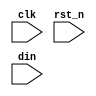
`timescale 1ns / 10ps

module header_detect(
  input clk,
  input rst_n,
  input [7:0] din
);

reg [7:0] din_r0, din_r1;
reg [7:0] cnt0, cnt1;
wire add_cnt0, add_cnt1;
wire end_cnt0, end_cnt1;
wire flag_add;

always @(posedge clk or negedge rst_n) begin
  if (!rst_n) begin
    din_r0 <= 0;
    din_r1 <= 1;
  end
  else begin
    din_r1 <= din_r0;
    din_r0 <= din;
  end
end

assign flag_add = (din_r1 ==8'h55 && din_r0 == 8'hd5) || (din_r1 ==8'hd5 && din_r0 == 8'h55);
always @(posedge clk or negedge rst_n) begin
  if (!rst_n)
       cnt0 <= 0;
  else if (add_cnt0) begin
    if(end_cnt0)
       cnt0 <= 0;
    else
       cnt0 <= cnt0 + 1;
  end
  else
    cnt0 <= 0;
end
assign add_cnt0 = flag_add;
assign end_cnt0 = add_cnt0 && cnt0 == 2-1;

always @(posedge clk or negedge rst_n) begin
  if (!rst_n)
       cnt1 <= 0;
  else if (add_cnt1)  begin
    if(end_cnt1)
       cnt1 <= 0;
    else
       cnt1 <= cnt1 + 1;
  end
end
assign add_cnt1 = flag_add && end_cnt0;
assign end_cnt1 = add_cnt1 && cnt1 == 5-1;

`ifdef ILA_CFG_RX
ila_cfg_rx u_ila_cfg_rx(
    .clk(clk),
    .probe0(),
    .probe1(),
    .probe2(),
    .probe3()
);
`endif

endmodule